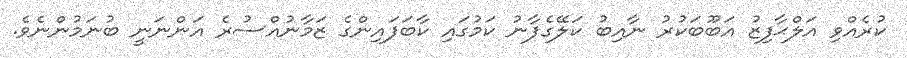
ކުރެއްވި އަލްޙާފިޒު އަބޫބަކުރު ނާއިބު ކަލޭގެފާނު ކަމުގައި ކާބަފައިންގެ ޒަމާނުއްސުރެ އަންނަނީ ބުނަމުންނެވެ.